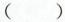
()